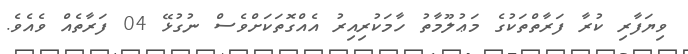
ވިޔަފާރި ކުރާ ފަރާތްތަކުގެ މަޢުލޫމާތު ހާމަކުރިއިރު އެއްގޮތަކަށްވެސް ނުގުޅޭ 04 ފަރާތެއް ވެއެވެ.